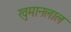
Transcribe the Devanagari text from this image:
खुमानलाल